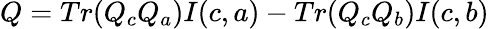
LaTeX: Q=Tr(Q_{c}Q_{a})I(c,a)-Tr(Q_{c}Q_{b})I(c,b)